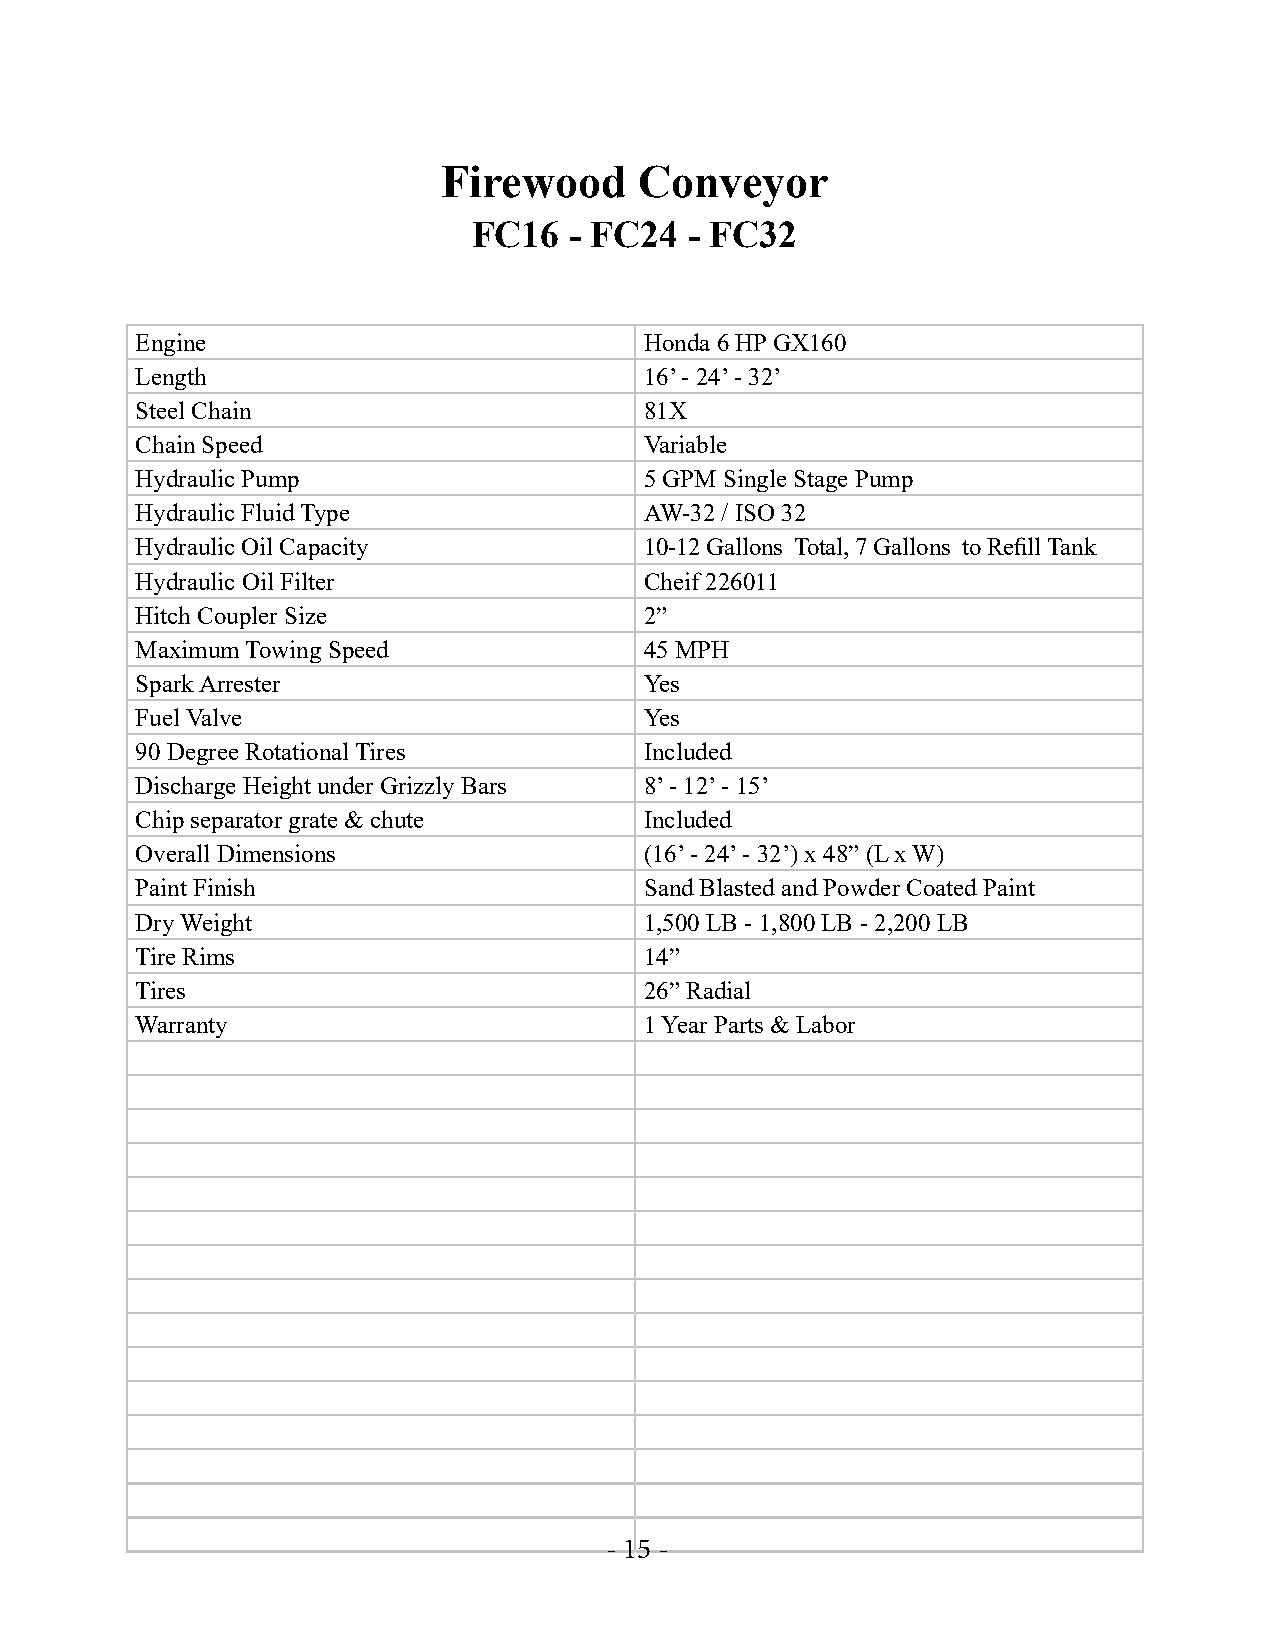
Firewood     Conveyor
 FC16   - FC24  - FC32
 Engine                            Honda 6 HP GX160
 Length                            16’ - 24’ - 32’
 Steel Chain                       81X
 Chain Speed                       Variable
 Hydraulic Pump                    5 GPM Single Stage Pump
 Hydraulic Fluid Type              AW-32 / ISO 32
 Hydraulic Oil Capacity            10-12 Gallons Total, 7 Gallons to Refill Tank
 Hydraulic Oil Filter              Cheif 226011
 Hitch Coupler Size                2”
 Maximum Towing Speed              45 MPH
 Spark Arrester                    Yes
 Fuel Valve                        Yes
 90 Degree Rotational Tires        Included
 Discharge Height under Grizzly Bars 8’ - 12’ - 15’
 Chip separator grate & chute      Included
 Overall Dimensions                (16’ - 24’ - 32’) x 48” (L x W)
 Paint Finish                      Sand Blasted and Powder Coated Paint
 Dry Weight                        1,500 LB - 1,800 LB - 2,200 LB
 Tire Rims                         14”
 Tires                             26” Radial
 Warranty                          1 Year Parts & Labor
 - 15 -